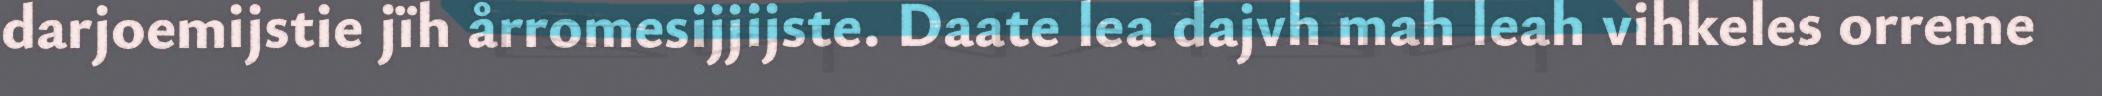
darjoemijstie jïh årromesijjijste. Daate lea dajvh mah leah vihkeles orreme